Vaccination in Bombay 1869-1873 - 1869-1873
Year: 1869
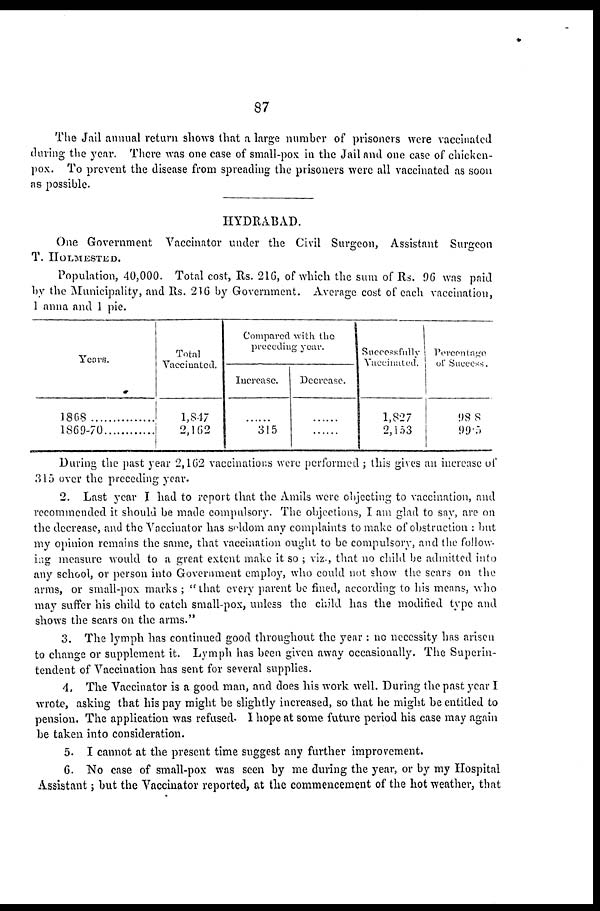
87
The Jail annual return shows that a large number of prisoners were vaccinated
during the year. There was one case of small-pox in the Jail and one case of chicken¬
pox. To prevent the disease from spreading the prisoners were all vaccinated as soon
as possible.
HYDRABAD.
One Government Vaccinator under the Civil Surgeon, Assistant Surgeon
T. HOLMESTED.
Population, 40,000. Total cost, Rs. 216, of which the sum of Rs. 96 was paid
by the Municipality, and Rs. 216 by Government. Average cost of each vaccination,
1 anna and 1 pie.
Years.
1868
...............
1869-70............
Total
Vaccinated.
1,847
2,162
Compared with the
preceding year.
Increase.
......
315
Decrease.
......
......
Successfully
Vaccinated.
1,827
2,153
Percentage
of Success.
98.8
99.5
During the past year 2,162 vaccinations were performed ; this gives an increase of
315 over the preceding year.
2. Last year I had to report that the Amils were objecting to vaccination, and
recommended it should be made compulsory. The objections, I am glad to say, are on
the decrease, and the Vaccinator has seldom any complaints to make of obstruction : but
my opinion remains the same, that vaccination ought to be compulsory, and the follow-
ing measure would to a great extent make it so ; viz., that no child be admitted into
any school, or person into Government employ, who could not show the scars on the
arms, or small-pox marks ; "that every parent be fined, according to his means, who
may suffer his child to catch small-pox, unless the child has the modified type and
shows the scars on the arms."
3. The lymph has continued good throughout the year : no necessity has arisen
to change or supplement it. Lymph has been given away occasionally. The Superin-
tendent of Vaccination has sent for several supplies.
4. The Vaccinator is a good man, and does his work well. During the past year I
wrote, asking that his pay might be slightly increased, so that he might be entitled to
pension. The application was refused. I hope at some future period his case may again
be taken into consideration.
5. I cannot at the present time suggest any further improvement.
6. No case of small-pox was seen by me during the year, or by my Hospital
Assistant; but the Vaccinator reported, at the commencement of the hot weather, that